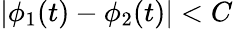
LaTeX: |\phi_{1}(t)-\phi_{2}(t)|<C